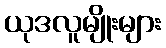
ယုဒလူမျိုးများ